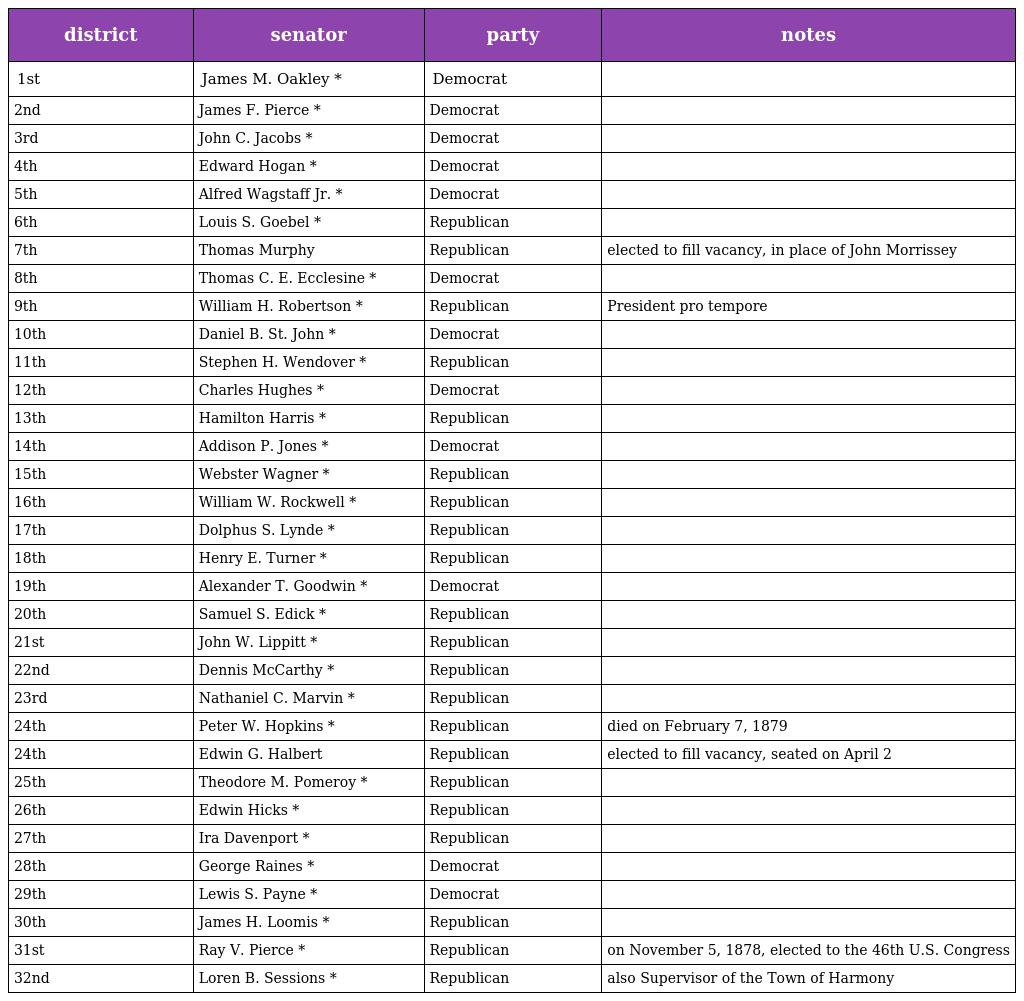
| district | senator | party | notes |
 | --- | --- | --- | --- |
 | 1st | James M. Oakley * | Democrat |  |
 | 2nd | James F. Pierce * | Democrat |  |
 | 3rd | John C. Jacobs * | Democrat |  |
 | 4th | Edward Hogan * | Democrat |  |
 | 5th | Alfred Wagstaff Jr. * | Democrat |  |
 | 6th | Louis S. Goebel * | Republican |  |
 | 7th | Thomas Murphy | Republican | elected to fill vacancy, in place of John Morrissey |
 | 8th | Thomas C. E. Ecclesine * | Democrat |  |
 | 9th | William H. Robertson * | Republican | President pro tempore |
 | 10th | Daniel B. St. John * | Democrat |  |
 | 11th | Stephen H. Wendover * | Republican |  |
 | 12th | Charles Hughes * | Democrat |  |
 | 13th | Hamilton Harris * | Republican |  |
 | 14th | Addison P. Jones * | Democrat |  |
 | 15th | Webster Wagner * | Republican |  |
 | 16th | William W. Rockwell * | Republican |  |
 | 17th | Dolphus S. Lynde * | Republican |  |
 | 18th | Henry E. Turner * | Republican |  |
 | 19th | Alexander T. Goodwin * | Democrat |  |
 | 20th | Samuel S. Edick * | Republican |  |
 | 21st | John W. Lippitt * | Republican |  |
 | 22nd | Dennis McCarthy * | Republican |  |
 | 23rd | Nathaniel C. Marvin * | Republican |  |
 | 24th | Peter W. Hopkins * | Republican | died on February 7, 1879 |
 | 24th | Edwin G. Halbert | Republican | elected to fill vacancy, seated on April 2 |
 | 25th | Theodore M. Pomeroy * | Republican |  |
 | 26th | Edwin Hicks * | Republican |  |
 | 27th | Ira Davenport * | Republican |  |
 | 28th | George Raines * | Democrat |  |
 | 29th | Lewis S. Payne * | Democrat |  |
 | 30th | James H. Loomis * | Republican |  |
 | 31st | Ray V. Pierce * | Republican | on November 5, 1878, elected to the 46th U.S. Congress |
 | 32nd | Loren B. Sessions * | Republican | also Supervisor of the Town of Harmony |